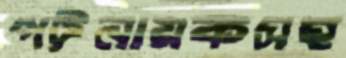
পট্টনায়কসহ